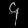
Digit: ၄